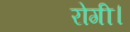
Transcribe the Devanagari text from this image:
रोगी।